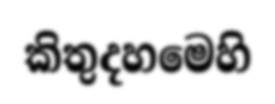
කිතුදහමෙහි